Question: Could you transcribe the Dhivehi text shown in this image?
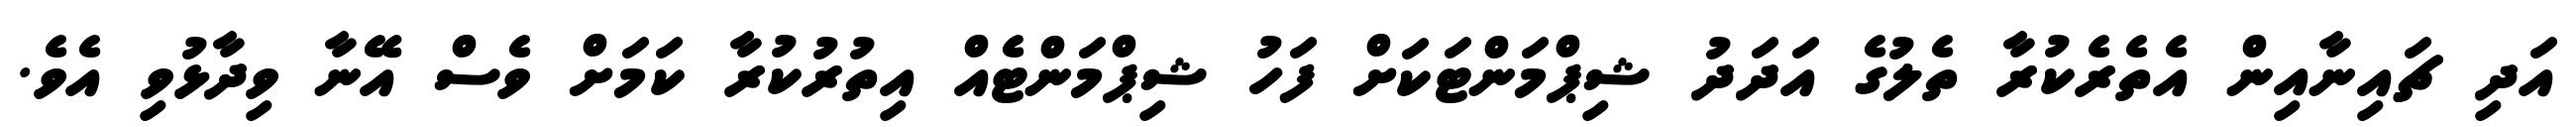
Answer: އަދި ޗައިނާއިން އެތެރެކުރާ ތެލުގެ އަދަދު ޝިޕްމަންޓަކަށް ފަހު ޝިޕްމަންޓެއް އިތުރުކުރާ ކަމަށް ވެސް އޭނާ ވިދާޅުވި އެވެ.